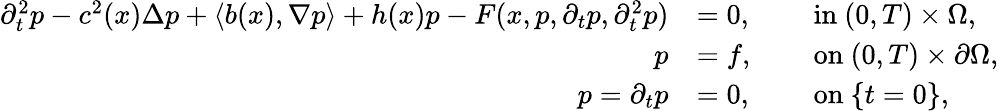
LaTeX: \begin{array}{rlrl}{\partial_{t}^{2}p-c^{2}(x)\Delta p+\langle b(x),\nabla p\rangle+h(x)p-F(x,p,\partial_{t}p,\partial_{t}^{2}p)}&{=0,}&{\ }&{\mathrm{in~}(0,T)\times\Omega,}\\ {p}&{=f,}&{\ }&{\mathrm{on~}(0,T)\times\partial\Omega,}\\ {p={\partial_{t}p}}&{=0,}&{\ }&{\mathrm{on~}\{ t=0\} ,}\end{array}